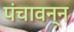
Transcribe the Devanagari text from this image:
पंचावन्‍न